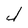
Character: J